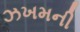
ઝખમની